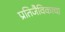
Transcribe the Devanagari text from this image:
प्रतिजैविकाचा